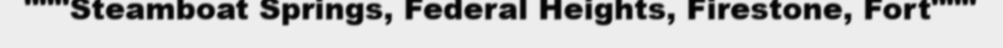
"""Steamboat Springs, Federal Heights, Firestone, Fort"""